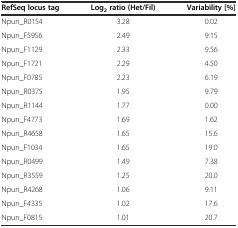
<table><thead><tr><td><b>RefSeq locus tag</b></td><td><b>Log<sub>2</sub> ratio (Het/Fil)</b></td><td><b>Variability [%]</b></td></tr></thead><tbody><tr><td>Npun_R0154</td><td>3.28</td><td>0.02</td></tr><tr><td>Npun_F5956</td><td>2.49</td><td>9.15</td></tr><tr><td>Npun_F1129</td><td>2.33</td><td>9.56</td></tr><tr><td>Npun_F1721</td><td>2.29</td><td>4.50</td></tr><tr><td>Npun_F0785</td><td>2.23</td><td>6.19</td></tr><tr><td>Npun_R0375</td><td>1.95</td><td>9.79</td></tr><tr><td>Npun_R1144</td><td>1.77</td><td>0.00</td></tr><tr><td>Npun_F4773</td><td>1.69</td><td>1.62</td></tr><tr><td>Npun_R4658</td><td>1.65</td><td>15.6</td></tr><tr><td>Npun_F1034</td><td>1.65</td><td>19.0</td></tr><tr><td>Npun_R0499</td><td>1.49</td><td>7.38</td></tr><tr><td>Npun_R3559</td><td>1.25</td><td>20.0</td></tr><tr><td>Npun_R4268</td><td>1.06</td><td>9.11</td></tr><tr><td>Npun_F4335</td><td>1.02</td><td>17.6</td></tr><tr><td>Npun_F0815</td><td>1.01</td><td>20.7</td></tr></tbody></table>